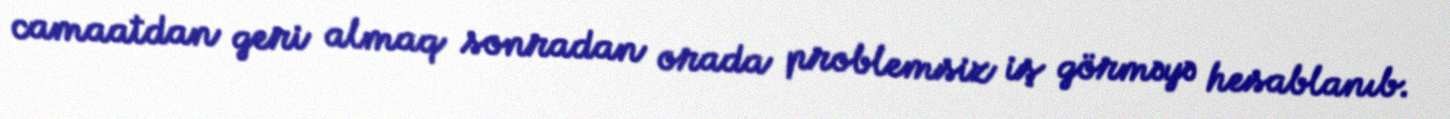
camaatdan geri almaq sonradan orada problemsiz iş görməyə hesablanıb.